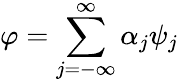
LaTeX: \varphi=\sum_{j=-\infty}^{\infty}\alpha_{j}\psi_{j}